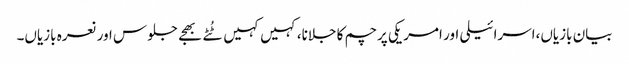
بیان بازیاں،اسرائیلی اور امریکی پرچم کا جلانا،کہیں کہیں ٹُٹے بھجے جلوس اور نعرہ بازیاں۔